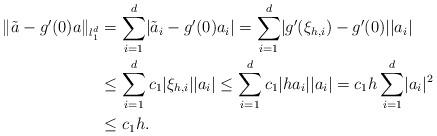
LaTeX: \begin{align*}\|\tilde a-g'(0)a\|_{l_1^d}&=\sum\limits_{i=1}^d\lvert\tilde a_i-g'(0)a_i\rvert=\sum\limits_{i=1}^d\lvert g'(\xi_{h,i})-g'(0)\rvert \lvert a_i\rvert\\&\leq \sum\limits_{i=1}^d c_1\lvert \xi_{h,i}\rvert \lvert a_i\rvert\leq \sum\limits_{i=1}^d c_1\lvert ha_i\rvert \lvert a_i\rvert=c_1 h\sum\limits_{i=1}^d\lvert a_i\rvert^2\\&\leq c_1 h.\end{align*}